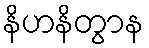
နိဟနိတွာန